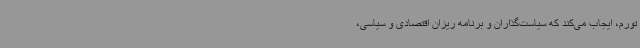
تورم، ایجاب می‌کند که سیاست‌گذاران و برنامه ریزان اقتصادی و سیاسی،